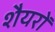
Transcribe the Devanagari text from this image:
शैयरों